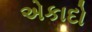
એકાદો